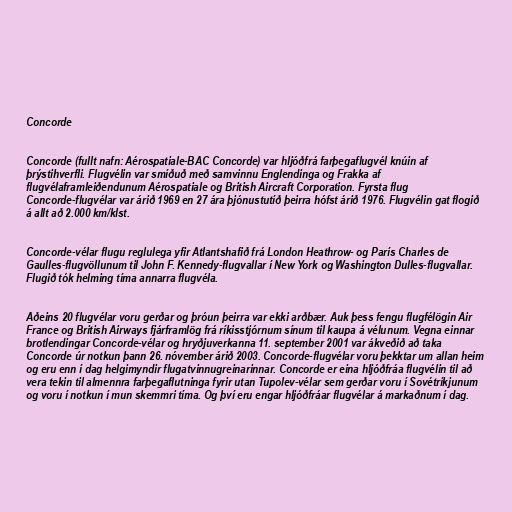
Concorde

Concorde (fullt nafn: Aérospatiale-BAC Concorde) var hljóðfrá farþegaflugvél knúin af
þrýstihverfli. Flugvélin var smíðuð með samvinnu Englendinga og Frakka af
flugvélaframleiðendunum Aérospatiale og British Aircraft Corporation. Fyrsta flug
Concorde-flugvélar var árið 1969 en 27 ára þjónustutíð þeirra hófst árið 1976. Flugvélin gat flogið
á allt að 2.000 km/klst.

Concorde-vélar flugu reglulega yfir Atlantshafið frá London Heathrow- og París Charles de
Gaulles-flugvöllunum til John F. Kennedy-flugvallar í New York og Washington Dulles-flugvallar.
Flugið tók helming tíma annarra flugvéla.

Aðeins 20 flugvélar voru gerðar og þróun þeirra var ekki arðbær. Auk þess fengu flugfélögin Air
France og British Airways fjárframlög frá ríkisstjórnum sínum til kaupa á vélunum. Vegna einnar
brotlendingar Concorde-vélar og hryðjuverkanna 11. september 2001 var ákveðið að taka
Concorde úr notkun þann 26. nóvember árið 2003. Concorde-flugvélar voru þekktar um allan heim
og eru enn í dag helgimyndir flugatvinnugreinarinnar. Concorde er eina hljóðfráa flugvélin til að
vera tekin til almennra farþegaflutninga fyrir utan Tupolev-vélar sem gerðar voru í Sovétríkjunum
og voru í notkun í mun skemmri tíma. Og því eru engar hljóðfráar flugvélar á markaðnum í dag.